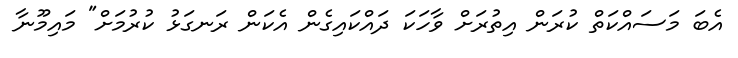
އެބަ މަސައްކަތް ކުރަން އިތުރަށް ވާހަކަ ދައްކައިގެން އެކަން ރަނގަޅު ކުރުމަށް" މައިމޫނާ